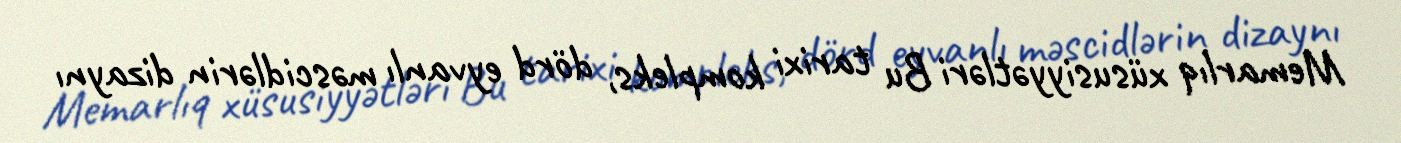
Memarlıq xüsusiyyətləri Bu tarixi kompleks, dörd eyvanlı məscidlərin dizaynı